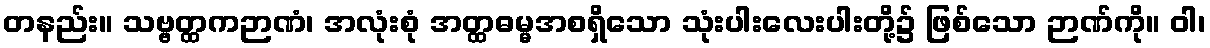
တနည်း။ သဗ္ဗတ္ထကဉာဏံ၊ အလုံးစုံ အတ္ထဓမ္မအစရှိသော သုံးပါးလေးပါးတို့၌ ဖြစ်သော ဉာဏ်ကို။ ဝါ၊